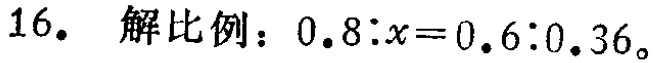
16. 解比例：\(0.8:x = 0.6:0.36\)。